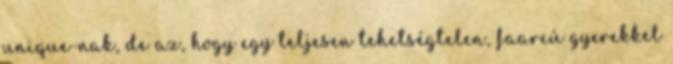
unique-nak, de az, hogy egy teljesen tehetségtelen, faarcú gyerekkel